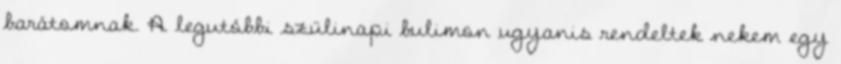
barátomnak. A legutóbbi szülinapi bulimon ugyanis rendeltek nekem egy